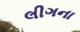
લીગના